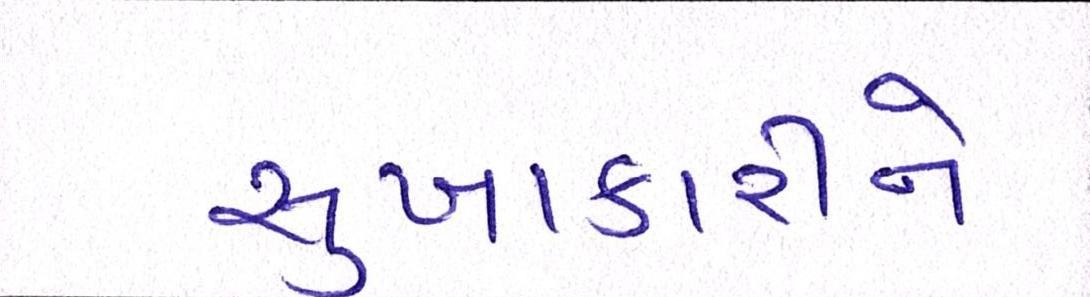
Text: સુખાકારીને